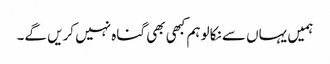
ہمیں یہاں سے نکالو ہم کبھی بھی گناہ نہیں کریں گے۔